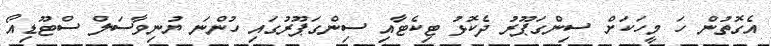
އެގޮތުން ހަ މީހަކަށް ސިންގަޕޫރު ދެކޮޅު ޓިކެޓާއި ސިންގަޕޫރުގައި ހުންނަ ޔުނިވާސަލް ސްޓޫޑިއޯ